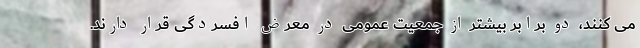
می کنند، دو برابر بیشتر از جمعیت عمومی در معرض افسردگی قرار دارند.